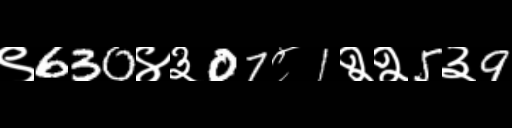
Text: ९630४३07८1२२5३9